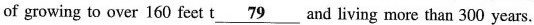
of growing to over 160 feet t \underline{79} and living more than 300 years.